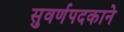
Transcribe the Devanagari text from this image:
सुवर्णपदकाने